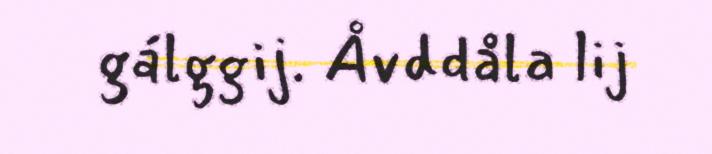
gálggij. Åvddåla lij